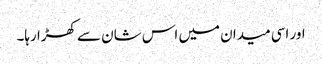
اور اسی میدان میں اس شان سے کھڑا رہا۔